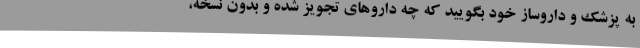
به پزشک و داروساز خود بگویید که چه داروهای تجویز شده و بدون نسخه،